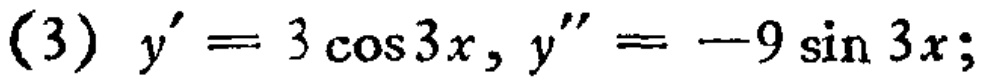
\((3) y' = 3\cos3x, y'' = -9\sin 3x;\)